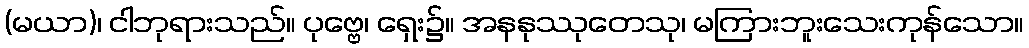
(မယာ)၊ ငါဘုရားသည်။ ပုဗ္ဗေ၊ ရှေး၌။ အနနုဿုတေသု၊ မကြားဘူးသေးကုန်သော။